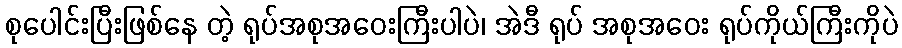
စုပေါင်းပြီးဖြစ်နေ တဲ့ ရုပ်အစုအဝေးကြီးပါပဲ၊ အဲဒီ ရုပ် အစုအဝေး ရုပ်ကိုယ်ကြီးကိုပဲ